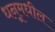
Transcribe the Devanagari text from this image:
धनूमधील